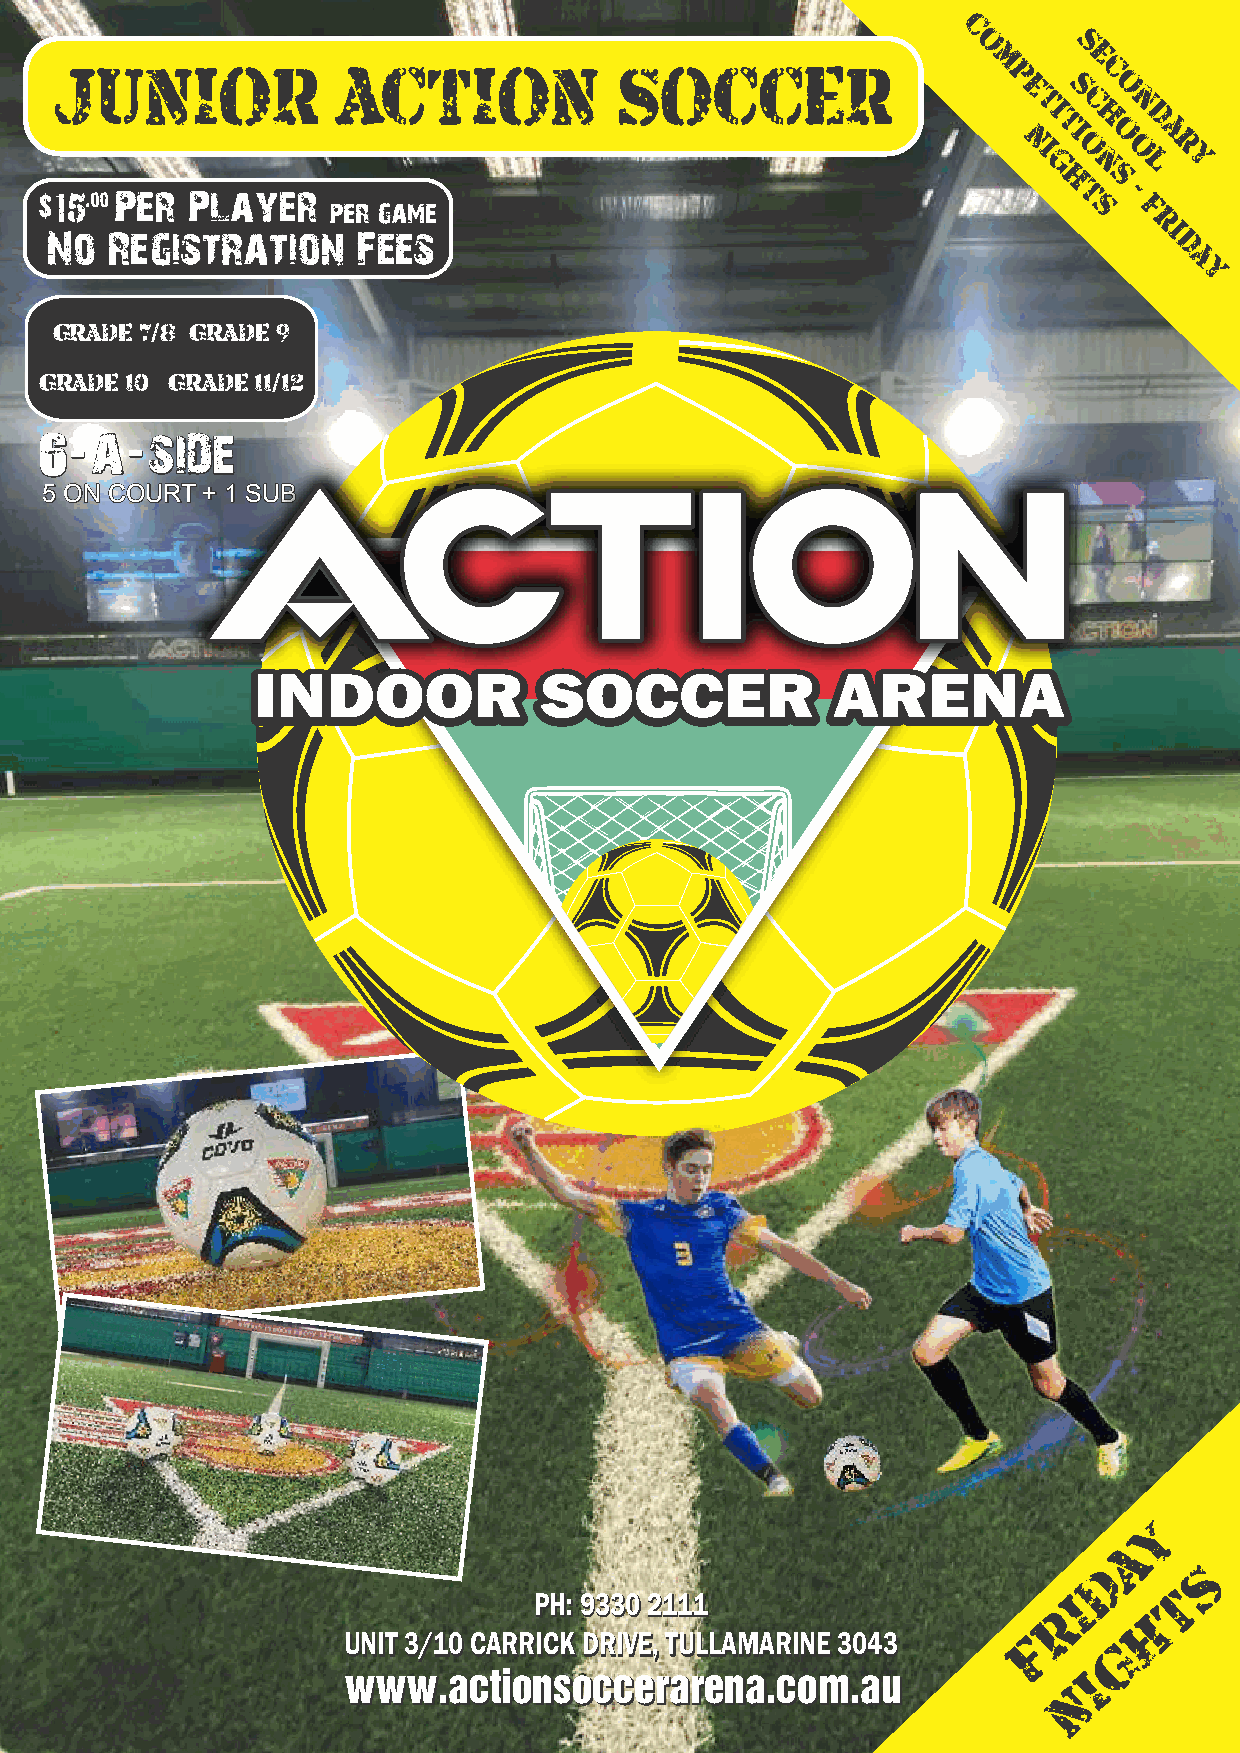
C
 o      S
 JUNIOR            ACTION             SOCCER                  m p    e c
 e  S  o
 t  c   n
 i
 h   d
 t i o  a
 N i o  o  r
 g  n  l  y
 h  s
 5                                                                  t  -
 s  F
 r
 i
 d
 a
 y
 GRADE 7/8 GRADE 9
 GRADE 10 GRADE 11/12
 55 OONN CCOOUURRTT ++ 11 SSUUBB
 IINNDDOOOORR       SSOOCCCCEERR       AARREENNAA
 Y
 A
 D     S
 PPHH:: 99333300 22111111            I     T
 R     H
 UUNNIITT 33//1100 CCAARRRRIICCKK DDRRIIVVEE,, TTUULLLLAAMMAARRIINNEE 33004433 F
 G
 wwwwww..aaccttiioonnssoocccceerraarreennaa..ccoomm..aauu I
 N